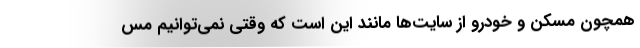
همچون مسکن و خودرو از سایت‌ها مانند این است که وقتی نمی‌توانیم مس